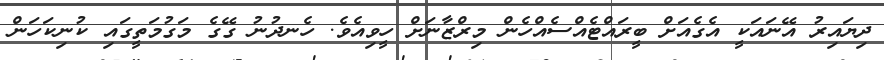
ދިޔައިރު އޭނައަކީ އެގެއަށް ބީރައްޓެއްސެއްހެން މިރްޒާނަށް ހީވިއެވެ. ހެނދުނު ގޭގެ މަގުމަތީގައި ކުނިކަހަން